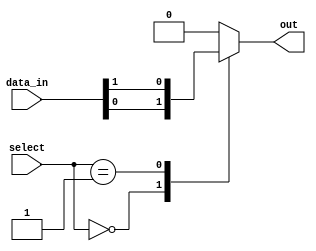
module mux_512_to_1(input [511:0] data_in, input [8:0] select, output reg out);

always @(*) begin
    case(select)
        9'b000000000: out = data_in[0];
        9'b000000001: out = data_in[1];
        // Add more cases for all 512 data input lines
        default: out = 9'b0; // Default case
    endcase
end

endmodule